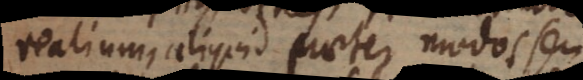
realium, aliquid praeter modos seu